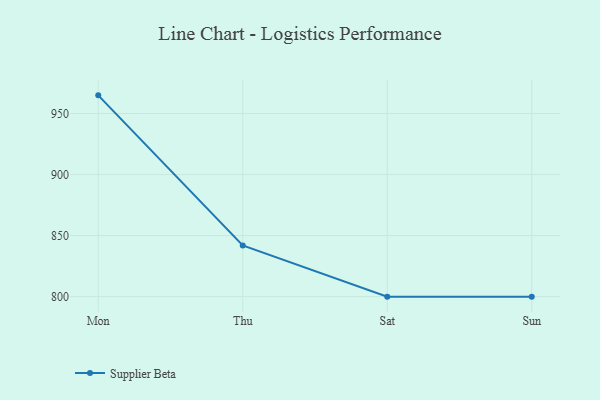
{"axis": {"x": "Day", "y": "Headcount"}, "legend": ["Supplier Beta"], "data": [{"x": "Mon", "y": 964.9, "type": "Supplier Beta"}, {"x": "Thu", "y": 841.9, "type": "Supplier Beta"}, {"x": "Sat", "y": 800, "type": "Supplier Beta"}, {"x": "Sun", "y": 800, "type": "Supplier Beta"}]}